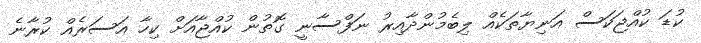
ކުޑަ ކުއްޖަކަސް އަނިޔާތަކެއް ލިބެމުންދާއިރު ނަފްސާނީ ގޮތުން ކުއްޖާއަށް ކިހާ އަސަރެއް ކުރާނެ